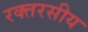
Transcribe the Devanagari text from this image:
रक्तरसीय